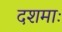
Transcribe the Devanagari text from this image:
दशमाः